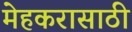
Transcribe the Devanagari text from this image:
मेहकरासाठी